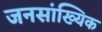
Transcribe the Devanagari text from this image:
जनसांख्यिक